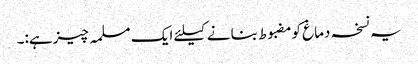
یہ نسخہ دماغ کومضبوط بنانے کیلئے ایک مسلمہ چیزہے:۔